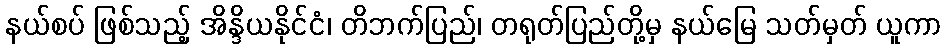
နယ်စပ် ဖြစ်သည့် အိန္ဒိယနိုင်ငံ၊ တိဘက်ပြည်၊ တရုတ်ပြည်တို့မှ နယ်မြေ သတ်မှတ် ယူကာ